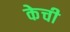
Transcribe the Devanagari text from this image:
केची